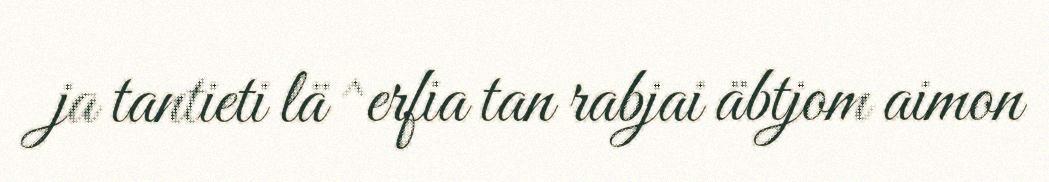
ja tantieti lä ^erfia tan rabjai äbtjom aimon